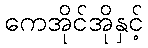
ကေအိုင်အိုနှင့်